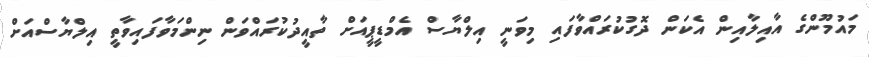
މައުމޫންގެ އާއިލާއިން އެކަން ދޮގުކުރައްވާފައި މިވަނީ އިލްޔާސް އެމްޑީޕީއަށް ތާއީދުކުރައްވަން ނިންމަވާފައިވާތީ އިލްޔާސްއަށް